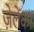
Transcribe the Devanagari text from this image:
ज़ेलेंका